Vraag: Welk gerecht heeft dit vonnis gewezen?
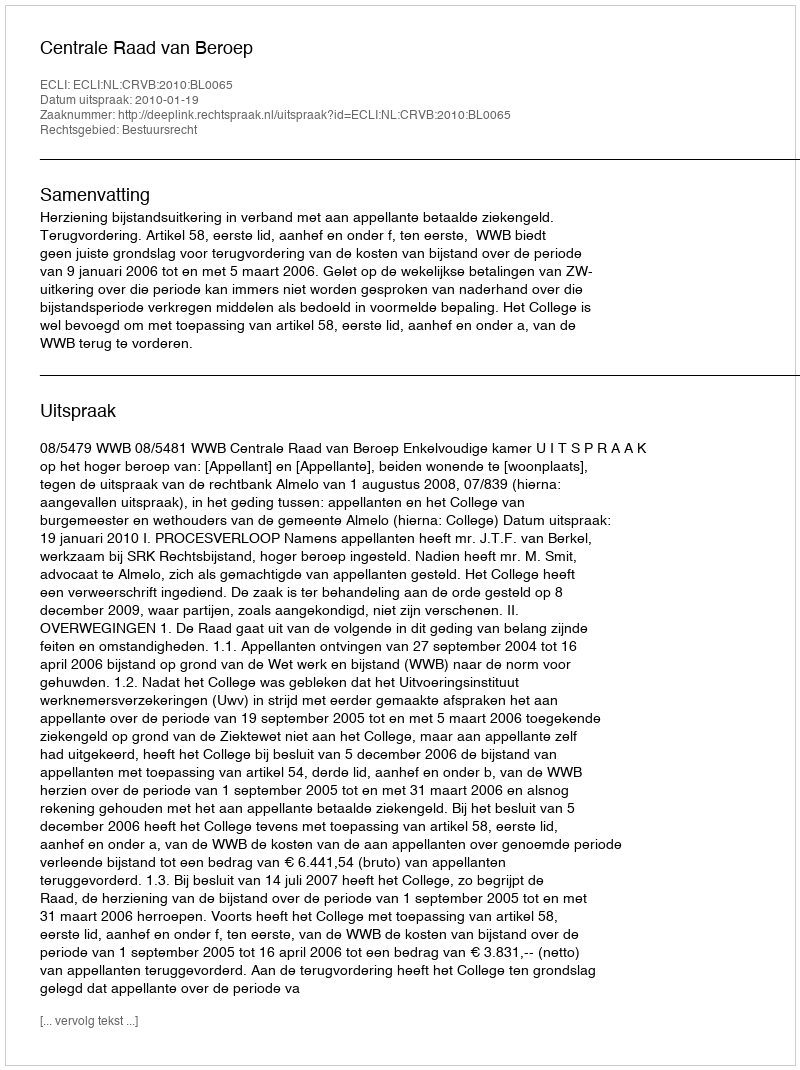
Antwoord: Centrale Raad van Beroep